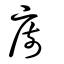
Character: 厨